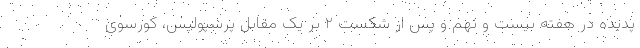
پدیده در هفته بیست و نهم و پس از شکست ۲ بر یک مقابل پرسپولیس، کورسوی